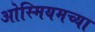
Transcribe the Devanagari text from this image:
ओस्मियमच्या